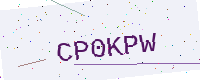
Text: CP0KPW